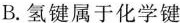
B.氢键属于化学键